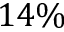
1 4 \%